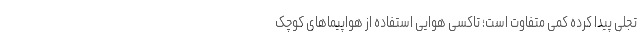
تجلی پیدا کرده کمی متفاوت است؛ تاکسی هوایی استفاده از هواپیماهای کوچک